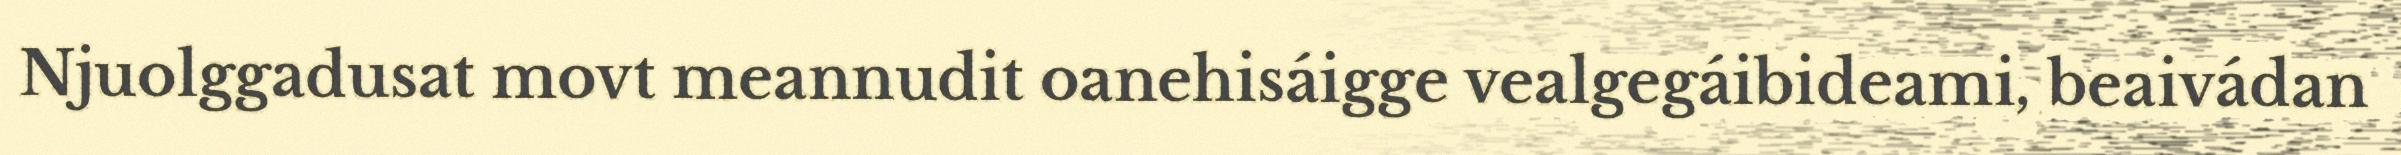
Njuolggadusat movt meannudit oanehisáigge vealgegáibideami, beaivádan